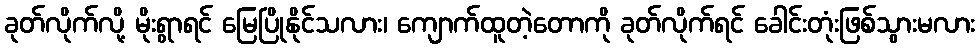
ခုတ်လိုက်လို့ မိုးရွာရင် မြေပြိုနိုင်သလား၊ ကျောက်ထူတဲ့တောကို ခုတ်လိုက်ရင် ခေါင်းတုံးဖြစ်သွားမလား